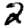
Digit: 2